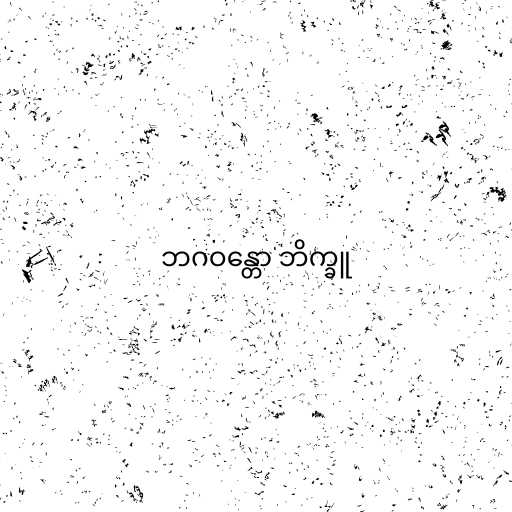
ဘဂဝန္တော ဘိက္ခူ